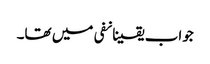
جواب یقینانفی میں تھا۔